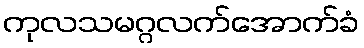
ကုလသမဂ္ဂလက်အောက်ခံ